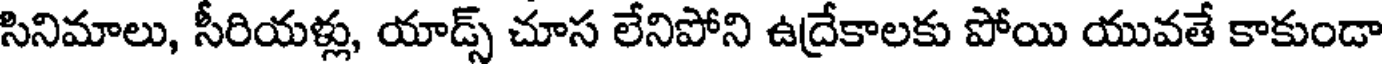
సినిమాలు, సీరియళ్లు, యాడ్స్ చూస లేనిపోని ఉద్రేకాలకు పోయి యువతే కాకుండా